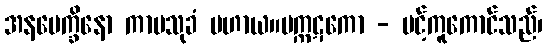
အနပေက္ခိနော ကာမသုခံ ပဟာယ။မက္ကဋကော - ပင့်ကူကောင်သည်၊